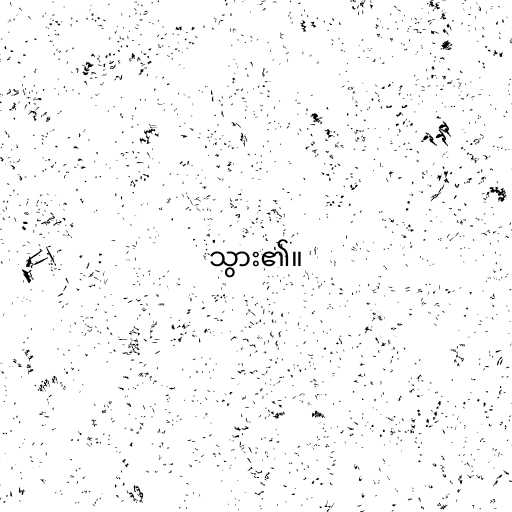
သွား၏။